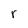
Character: r